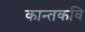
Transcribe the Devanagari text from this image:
कान्तकवि